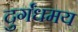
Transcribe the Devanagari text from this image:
दुर्गंधमय